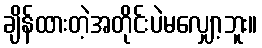
ချိန်ထားတဲ့အတိုင်းပဲမလျှော့ဘူး။